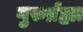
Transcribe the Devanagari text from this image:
गुरुर्ब्रह्मा